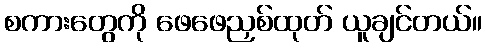
စကားတွေကို ဖေဖေညှစ်ထုတ် ယူချင်တယ်။